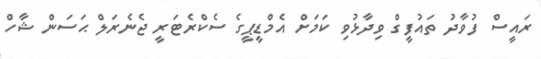
ރައީސް ފުވާދު ތައުފީގް ވިދާޅުވި ކަމަށް އެމްޑީޕީގެ ސެކްރެޓަރީ ޖެނެރަލް ޙަސަން ޝާހް